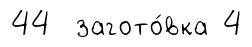
44 загото́вка 4